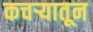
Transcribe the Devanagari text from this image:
कचऱ्यातून